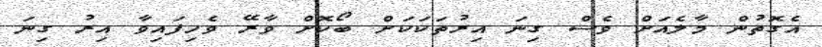
އެގޮތުން މާލެއަށް ވެސް ގިނަ އިރުތަކަކަށް ބޯކޮށް ވާރޭ ވެހިފައިވާ އިރު ގިނަ